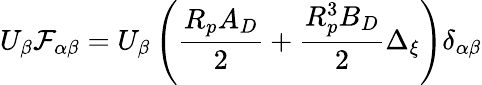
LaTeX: U_{\beta}\mathcal{F}_{\alpha\beta}=U_{\beta}\left(\frac{R_{p}A_{D}}{2}+\frac{R_{p}^{3}B_{D}}{2}\Delta_{\xi}\right)\delta_{\alpha\beta}